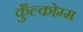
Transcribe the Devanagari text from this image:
कुँल्कोम्म